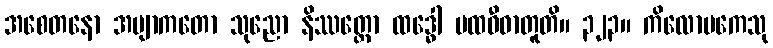
အစေတနော အဗျာကတော သုညော နိဿတ္တော ထဒ္ဓေါ ပထဝီဓာတူတိ။ ၃၂၃။ ကိလောမကေသု